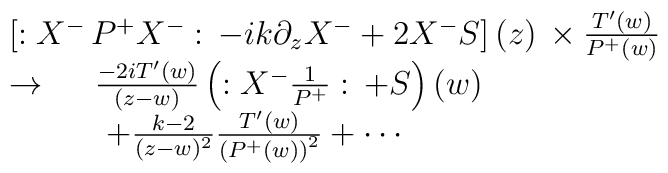
\begin{array}{l}\left[ :X^{-}\,P^{+}X^{-}:\,-ik\partial _zX^{-}+2X^{-}S\right] (z)\,\times\frac{T^{\prime }(w)}{P^{+}(w)} \\\rightarrow \,\quad \,\frac{-2iT^{\prime }(w)}{\left( z-w\right) }\left(:X^{-}\frac 1{P^{+}}:\,+S\right) (w) \\\quad \quad \quad +\frac{k-2}{(z-w)^2}\frac{T^{\prime }(w)}{\left(P^{+}(w)\right) ^2}+\cdots\end{array}